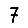
Digit: 7